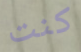
كنت